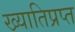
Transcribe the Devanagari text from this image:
ख्यातिप्रप्त